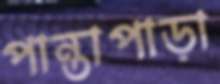
পান্তাপাড়া